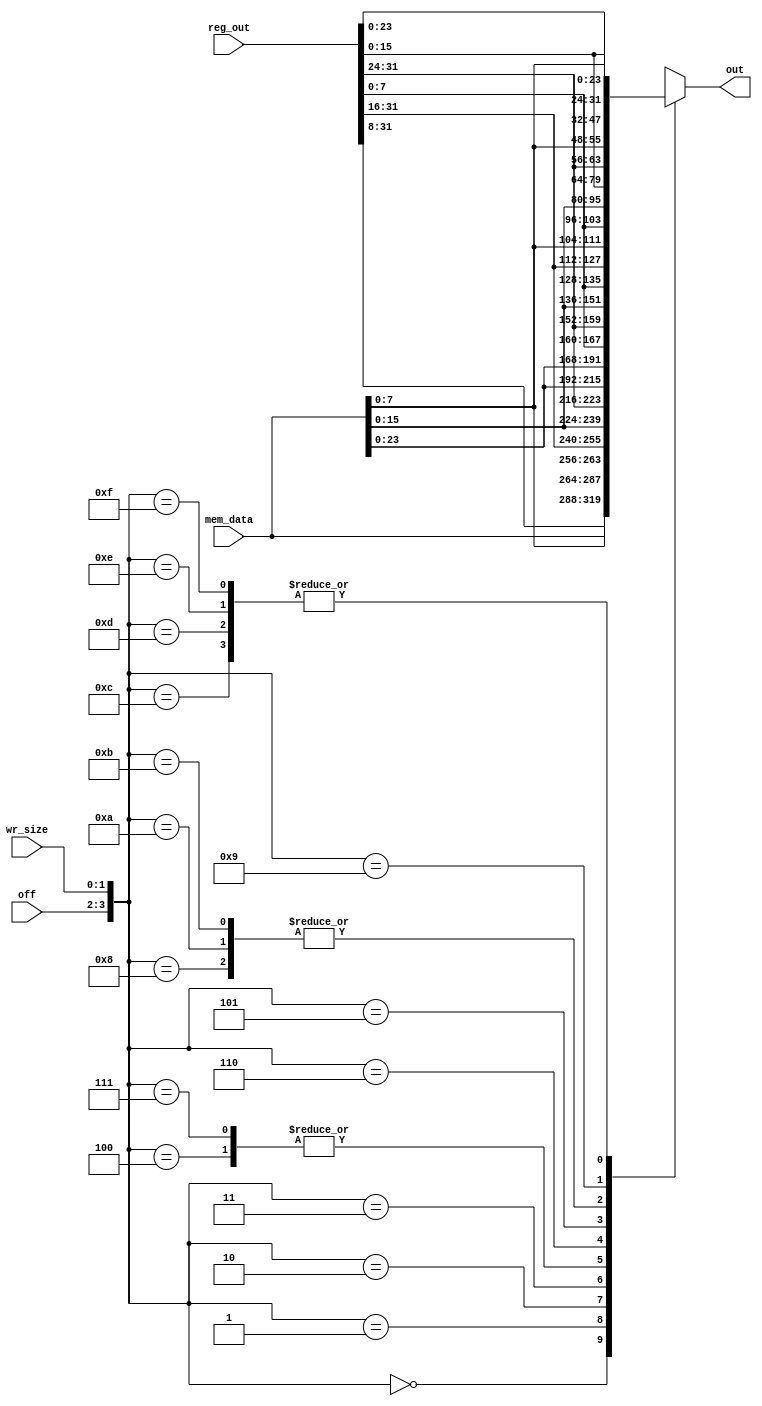
module mem_align(
    input [31:0] reg_out,
    input [1:0] wr_size,
    input [31:0] mem_data,
    input [1:0] off,
    output reg [31:0] out
);

    //assign out = mem_data; 

    // TODO behavioral
    always@(*) begin
        case({off, wr_size})
            4'b0000: out <= mem_data;
            4'b0001: out <= {reg_out[31:8], mem_data[7:0]};
            4'b0010: out <= {reg_out[31:16], mem_data[15:0]};
            4'b0011: out <= {reg_out[31:24], mem_data[23:0]};

            4'b0100: out <= {mem_data[23:0], reg_out[7:0]};
            4'b0111: out <= {mem_data[23:0], reg_out[7:0]};
            4'b0110: out <= {reg_out[31:24], mem_data[15:0], reg_out[7:0]};
            4'b0101: out <= {reg_out[31:16], mem_data[7:0], reg_out[7:0]};
    
            4'b1000: out <= {mem_data[15:0], reg_out[15:0]};
            4'b1010: out <= {mem_data[15:0], reg_out[15:0]};
            4'b1011: out <= {mem_data[15:0], reg_out[15:0]};
            4'b1001: out <= {reg_out[31:24], mem_data[7:0], reg_out[15:0]};

            4'b1100: out <= {mem_data[7:0], reg_out[23:0]};
            4'b1101: out <= {mem_data[7:0], reg_out[23:0]};
            4'b1110: out <= {mem_data[7:0], reg_out[23:0]};
            4'b1111: out <= {mem_data[7:0], reg_out[23:0]};
        endcase
    end

endmodule